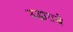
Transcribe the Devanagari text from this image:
उद्धाराचे